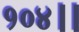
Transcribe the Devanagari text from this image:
१०४।।